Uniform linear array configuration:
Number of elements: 16
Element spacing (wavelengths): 0.75
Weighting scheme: hann
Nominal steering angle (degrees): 0
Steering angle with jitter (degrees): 1.491
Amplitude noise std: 0.05
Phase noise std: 0.05

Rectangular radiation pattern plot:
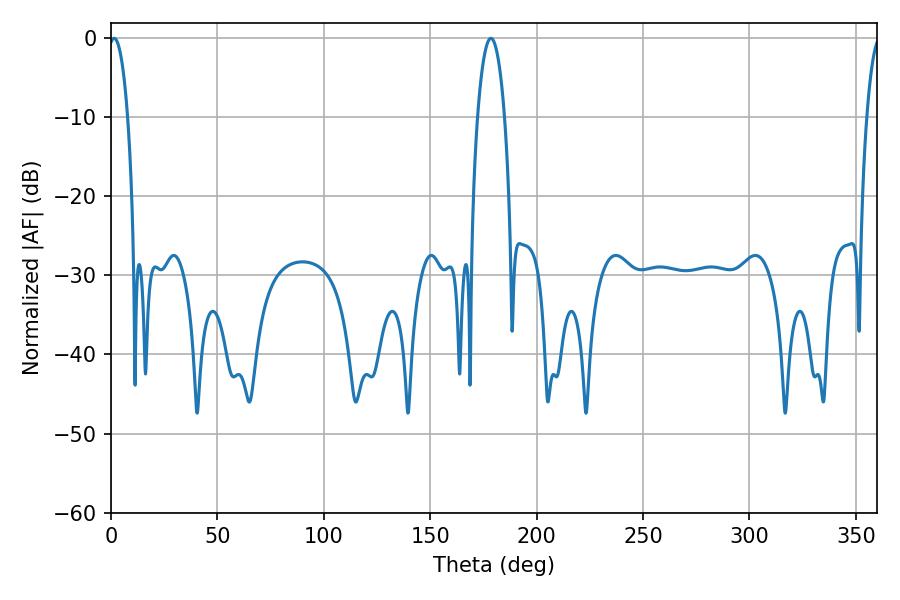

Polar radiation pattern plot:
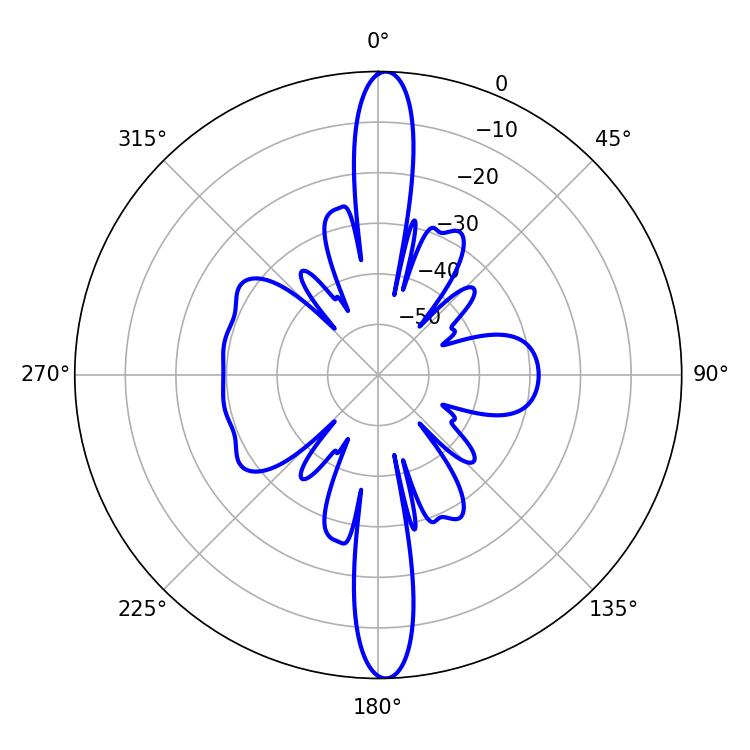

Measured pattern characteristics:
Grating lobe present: TRUE
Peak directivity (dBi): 25.288
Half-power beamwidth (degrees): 5.04
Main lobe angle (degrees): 1.44